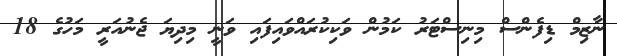
ނާޒިމް ޑިފެންސް މިނިސްޓަރު ކަމުން ވަކިކުރައްވައިފައި ވަނީ މިދިޔަ ޖެނުއަރީ މަހުގެ 18